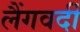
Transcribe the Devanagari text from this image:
लैंगवर्दी